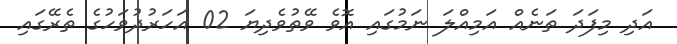
އަދި މިފަދަ ތަނެއް އަމިއްލަ ނަމުގައި އޮވެ ވޭތުވެދިޔަ 02 އަހަރުދުވަހުގެ ތެރޭގައި